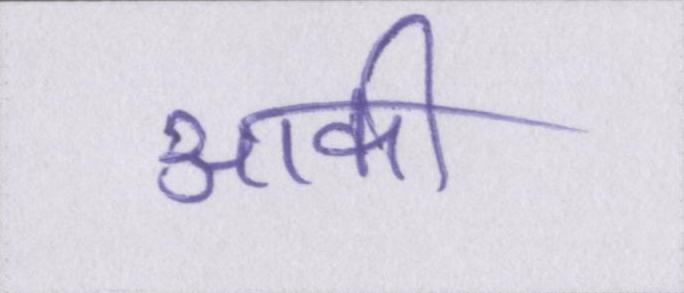
आकी